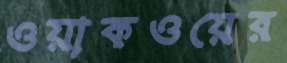
ওয়াকওয়ের